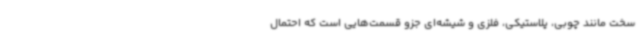
سخت مانند چوبی، پلاستیکی، فلزی و شیشه‌ای جزو قسمت‌هایی است که احتمال